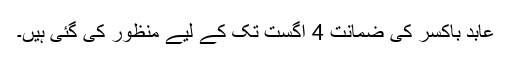
عابد باکسر کی ضمانت 4 اگست تک کے لیے منظور کی گئی ہیں۔